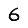
Digit: 6